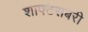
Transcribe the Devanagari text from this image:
शाफ्टसबरी